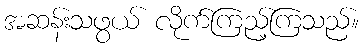
အဆန်းသဖွယ် လိုက်ကြည့်ကြသည်။